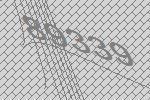
89339